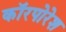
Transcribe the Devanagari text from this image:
कॉरपोरेश